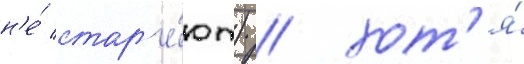
н'е́ стар'е́ют) / хот'я́